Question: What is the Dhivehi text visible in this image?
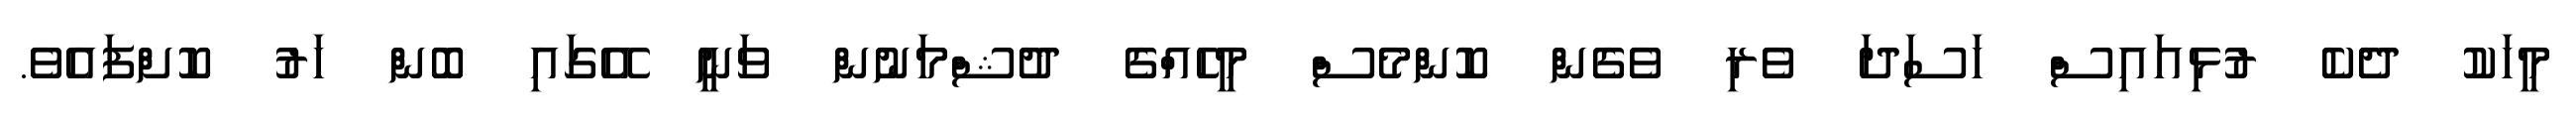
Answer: މީހަކު ދެކެ ރުޅިއައިސް ހަސަދަ ވެރި ވެގެން ކޮންމެސް މީހެއްގެ ދުޝްމަނުން ވަނީ އޭގައި ބޮން ހަރު ކޮށްފައެވެ.